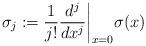
LaTeX: \begin{align*}\sigma_j:=\frac{1}{j!}\frac{d^j}{dx^j}\bigg|_{x=0}\sigma(x)\end{align*}